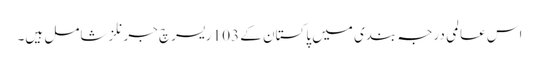
اس عالمی درجہ بندی میں پاکستان کے 103 ریسرچ جرنلز شامل ہیں۔